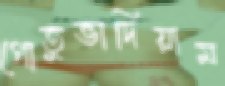
গোতুভাদিয়াম